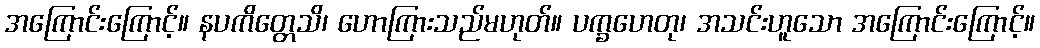
အကြောင်းကြောင့်။ နပကိတ္တေသိ၊ ဟောကြားသည်မဟုတ်။ ပက္ခဟေတု၊ အသင်းဟူသော အကြောင်းကြောင့်။